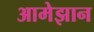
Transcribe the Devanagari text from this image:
आमेझान